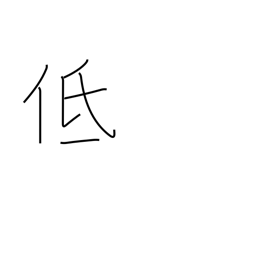
Meaning: short